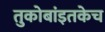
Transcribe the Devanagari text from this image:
तुकोबांइतकेच